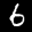
Label: 6